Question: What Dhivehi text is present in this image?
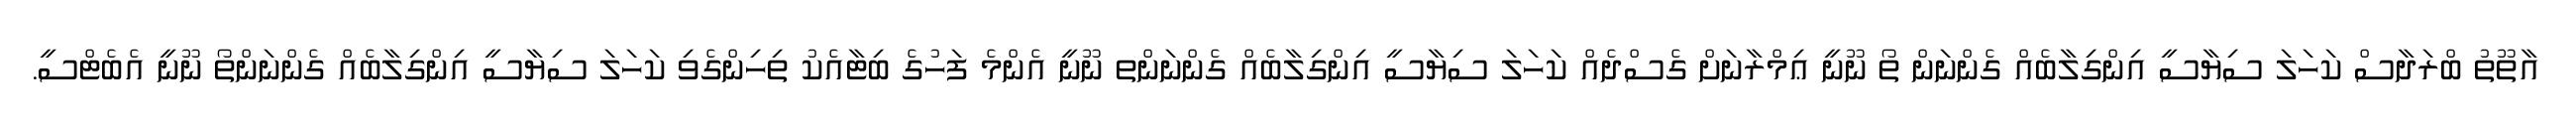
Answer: އާތޫތު ބްރަދާސް ކަހަލަ ސިޔާސީ އިންގިލާބެއް ގެންނަން ތޯ ނޫނީ ޢިމްރާނަށް ގެސްދެއް ކަހަލަ ސިޔާސީ އިންގިލާބެއް ގެންނަންތ ނޫނީ އެންމެ ފަހުގެ ބިޓާއެކު ތިހިންގެވި ކަހަލަ ސިޔާސީ އިންގިލާބެއް ގެންނަންތޯ ނޫނީ އެބެޓްސީ.